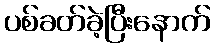
ပစ်ခတ်ခဲ့ပြီးနောက်